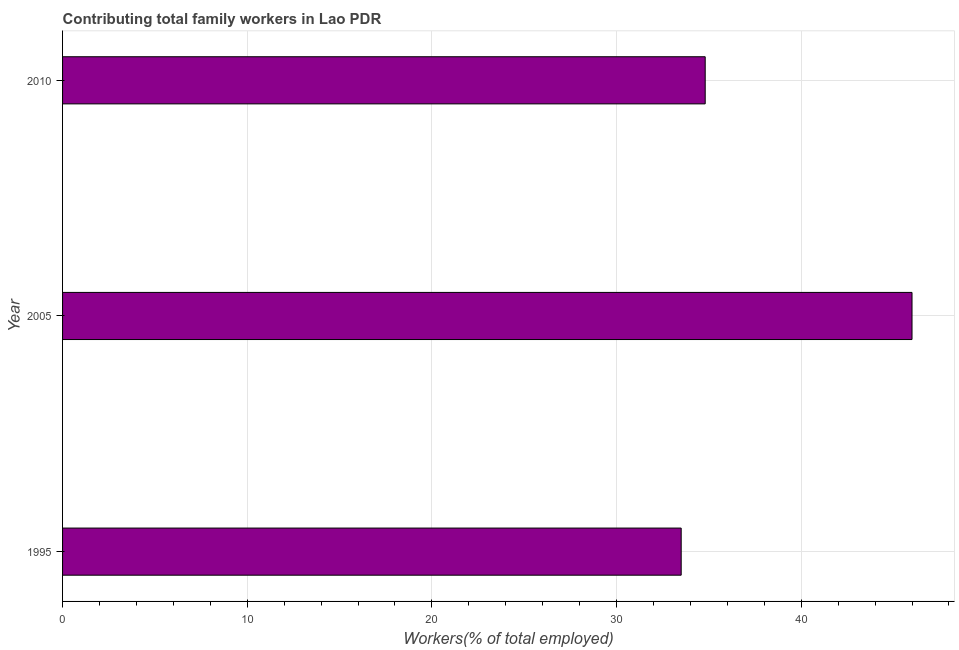
| Year | Contributing family workers |
 | --- | --- |
 | 1995 | 33.5 |
 | 2005 | 46 |
 | 2010 | 34.8 |